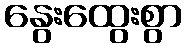
နွေးထွေးစွာ